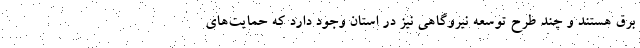
برق هستند و چند طرح توسعه نیروگاهی نیز در استان وجود دارد که حمایت‌های